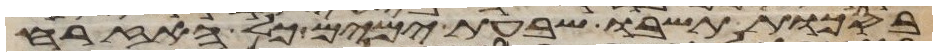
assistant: בסכות תשבו שבעת ימים כל האזרח